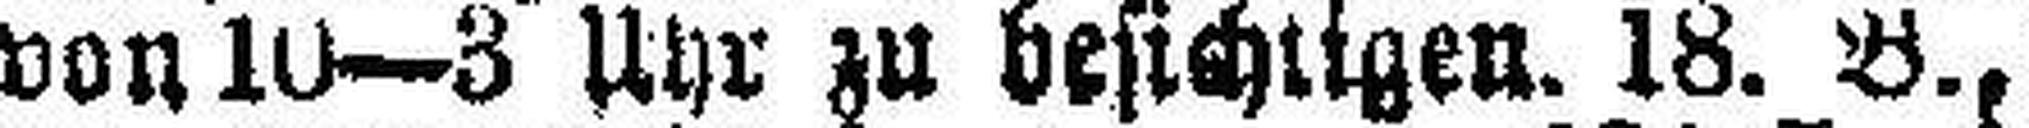
von 10—3 Uhr zu besichtigen. 18. B.,